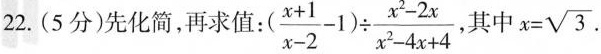
22.(5分)先化简，再求值： $$( \frac { x + 1 } { x - 2 } - 1 ) \div \frac { x ^ { 2 } - 2 x } { x ^ { 2 } - 4 x + 4 }$$ ，其中 $$x = \sqrt { 3 }$$ .